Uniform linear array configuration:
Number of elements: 16
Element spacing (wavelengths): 1
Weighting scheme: hann
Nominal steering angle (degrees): -15
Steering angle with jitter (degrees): -16.558
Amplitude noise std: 0.05
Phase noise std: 0.05

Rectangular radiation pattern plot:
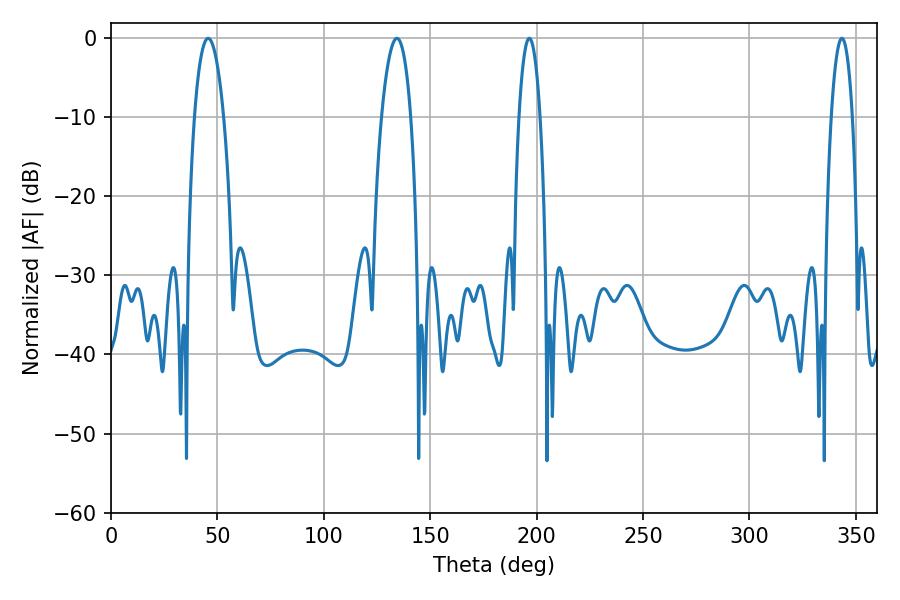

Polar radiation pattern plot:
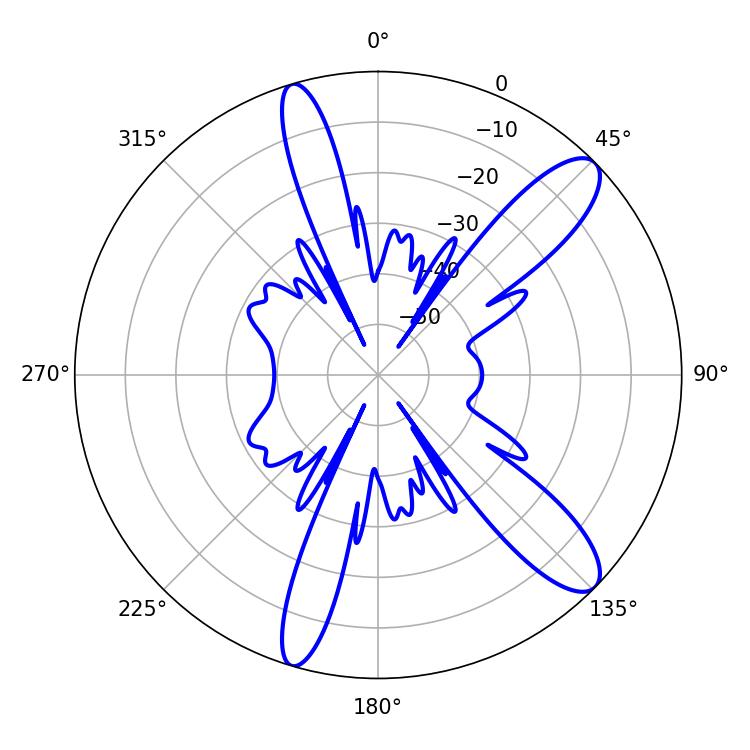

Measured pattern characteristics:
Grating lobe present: TRUE
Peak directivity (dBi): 11.385
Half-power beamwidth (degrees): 5.4
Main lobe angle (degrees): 196.56